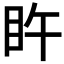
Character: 𥄭